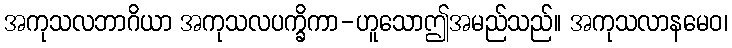
အကုသလဘာဂိယာ အကုသလပက္ခိကာ-ဟူသောဤအမည်သည်။ အကုသလာနမေဝ၊